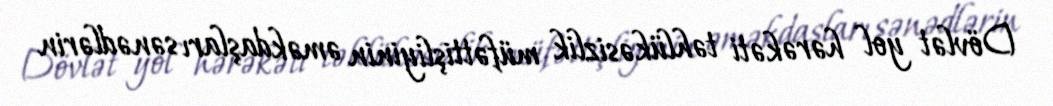
Dövlət yol hərəkəti təhlükəsizlik müfəttişliyinin əməkdaşları sənədlərin